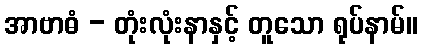
အာဗာဓံ - တုံးလုံးနာနှင့် တူသော ရုပ်နာမ်။